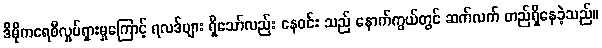
ဒီမိုကရေစီလှုပ်ရှားမှုကြောင့် ရလဒ်များ ရှိသော်လည်း နေဝင်း သည် နောက်ကွယ်တွင် ဆက်လက် တည်ရှိနေခဲ့သည်။